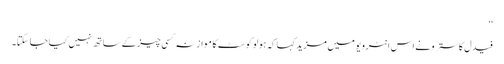
‘‘
فیدل کاسترو نے اس انٹرویو میں مزید کہا کہ ہولو کوسٹ کا موازنہ کسی چیز کے ساتھ نہیں کیا جا سکتا۔